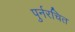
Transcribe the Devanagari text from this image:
पुर्नरचित